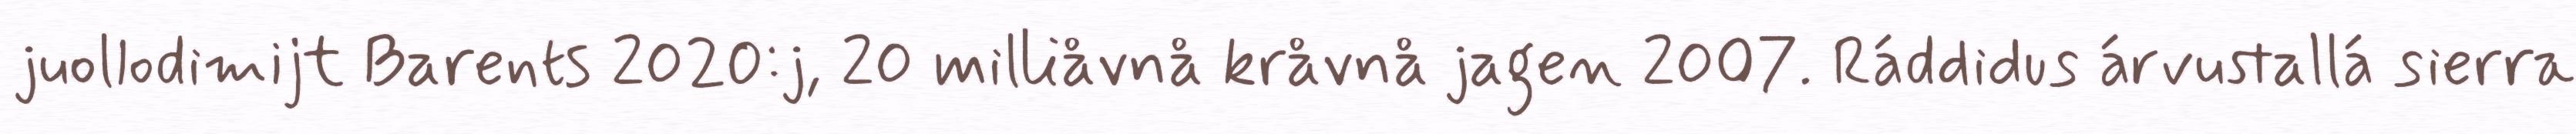
juollodimijt Barents 2020:j, 20 milliåvnå kråvnå jagen 2007. Ráddidus árvustallá sierra